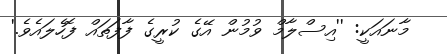
މާނައަކީ: ''އިސްލާމް ވުމުން އޭގެ ކުރީގެ ފާފަތައް ފޮހެލައެވެ.'